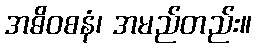
အဓိဝစနံ၊ အမည်တည်း။